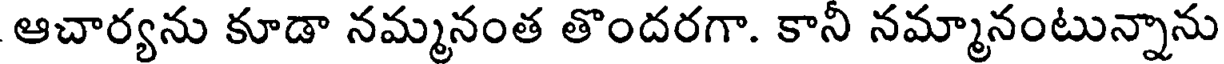
ఆచార్యను కూడా నమ్మనంత తొందరగా. కానీ నమ్మానంటున్నాను